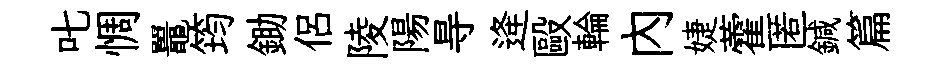
叱惆鼉筠鋤侶陵陽㝵逄毆輪内婕藿匿鍼篇